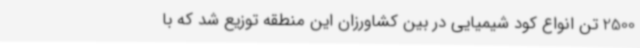
2500 تن انواع کود شیمیایی در بین کشاورزان این منطقه توزیع شد که با